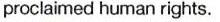
proclaimed human rights.